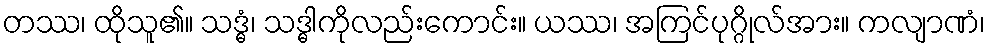
တဿ၊ ထိုသူ၏။ သဒ္ဓံ၊ သဒ္ဓါကိုလည်းကောင်း။ ယဿ၊ အကြင်ပုဂ္ဂိုလ်အား။ ကလျာဏံ၊